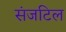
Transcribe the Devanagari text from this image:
संजटिल